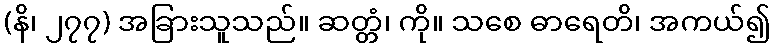
(နိ၊ ၂၇၇) အခြားသူသည်။ ဆတ္တံ၊ ကို။ သစေ ဓာရေတိ၊ အကယ်၍